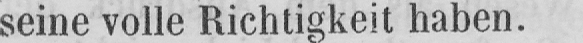
seine volle Richtigkeit haben.